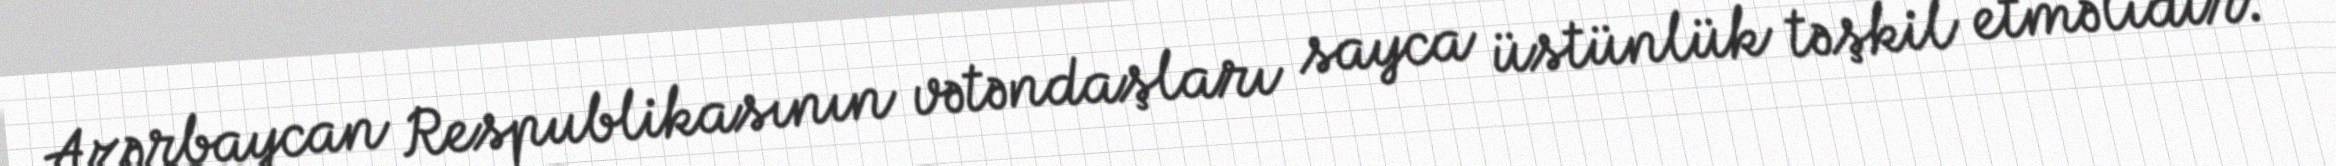
Azərbaycan Respublikasının vətəndaşları sayca üstünlük təşkil etməlidir.